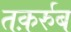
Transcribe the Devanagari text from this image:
तक़र्रुब